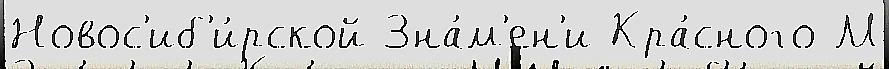
Новос'иб'и́рской Зна́м'ен'и Кра́сного М